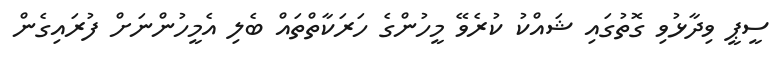
ސީޕީ ވިދާޅުވި ގޮތުގައި ޝައްކު ކުރެވޭ މީހުންގެ ހަރަކާތްތައް ބެލި އެމީހުންނަށް ފުރައިގެން